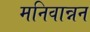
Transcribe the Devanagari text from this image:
मनिवान्नन